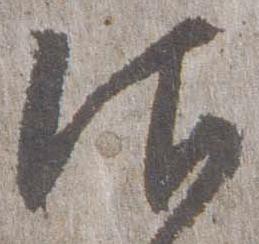
御